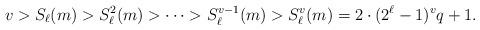
LaTeX: \begin{align*}v > S_{\ell}(m) > S_{\ell}^2(m) > \cdots > S_{\ell}^{v-1}(m) > S_{\ell}^v(m) = 2\cdot (2^{\ell}-1)^v q+1.\end{align*}